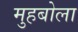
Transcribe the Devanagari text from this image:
मुहबोला